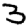
Digit: 3